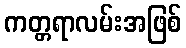
ကတ္တရာလမ်းအဖြစ်